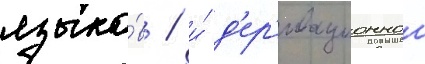
языко́в / и́ д'ер'ивационнои